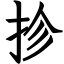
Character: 抮